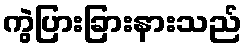
ကွဲပြားခြားနားသည်